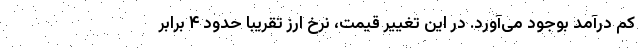
کم درآمد بوجود می‌آورد. در این تغییر قیمت، نرخ ارز تقریبا حدود ۴ برابر